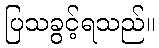
ပြသခွင့်ရသည်။